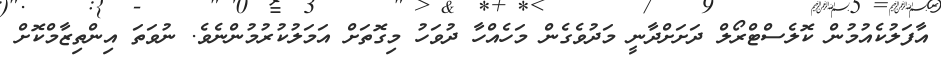
އާފަލުކެއުމުން ކޮލެސްޓްރޯލް ދަށަށްދާނީ މަދުވެގެން މަހެއްހާ ދުވަހު މިގޮތަށް އަމަލުކުރުމުންނެވެ. ނުވަތަ އިންތިޒާމްކޮށް